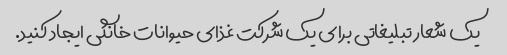
یک شعار تبلیغاتی برای یک شرکت غذای حیوانات خانگی ایجاد کنید.